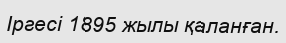
Іргесі 1895 жылы қаланған.